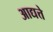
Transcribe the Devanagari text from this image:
आद्यत्ते